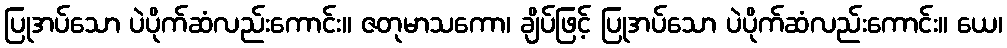
ပြုအပ်သော ပဲပိုက်ဆံလည်းကောင်း။ ဇတုမာသကော၊ ချိပ်ဖြင့် ပြုအပ်သော ပဲပိုက်ဆံလည်းကောင်း။ ယေ၊